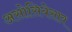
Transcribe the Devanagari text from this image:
असोसियेसाव